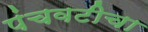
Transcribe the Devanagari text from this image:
पंचवटीचा